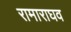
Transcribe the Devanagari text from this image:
रामाराघव